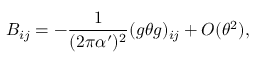
B _ { i j } = - \frac { 1 } { ( 2 \pi \alpha ^ { \prime } ) ^ { 2 } } ( g \theta g ) _ { i j } + O ( \theta ^ { 2 } ) ,